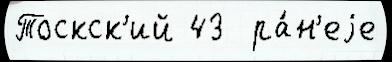
Тоскск'ий 43  ра́н'еjе